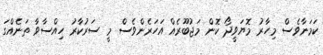
ކަމަނާވެސް މިހާރު މޮޔަވީދޯ ކޮން މަޖުބޫރެއް އަހަރެންވެސް މީ ސަރުކާރު ހިއްސާވާ ތަނެއްގަ